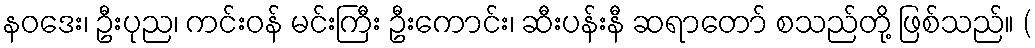
နဝဒေး၊ ဦးပုည၊ ကင်းဝန် မင်းကြီး ဦးကောင်း၊ ဆီးပန်းနီ ဆရာတော် စသည်တို့ ဖြစ်သည်။ (